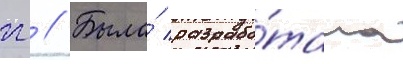
гг // Была́ разрабо́тана